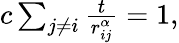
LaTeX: \begin{array}{r}{c\sum_{j\neq i}\frac{t}{r_{ij}^{\alpha}}=1,}\end{array}